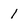
Character: 1